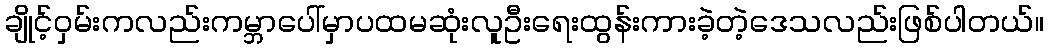
ချိုင့်ဝှမ်းကလည်းကမ္ဘာပေါ်မှာပထမဆုံးလူဦးရေးထွန်းကားခဲ့တဲ့ဒေသလည်းဖြစ်ပါတယ်။